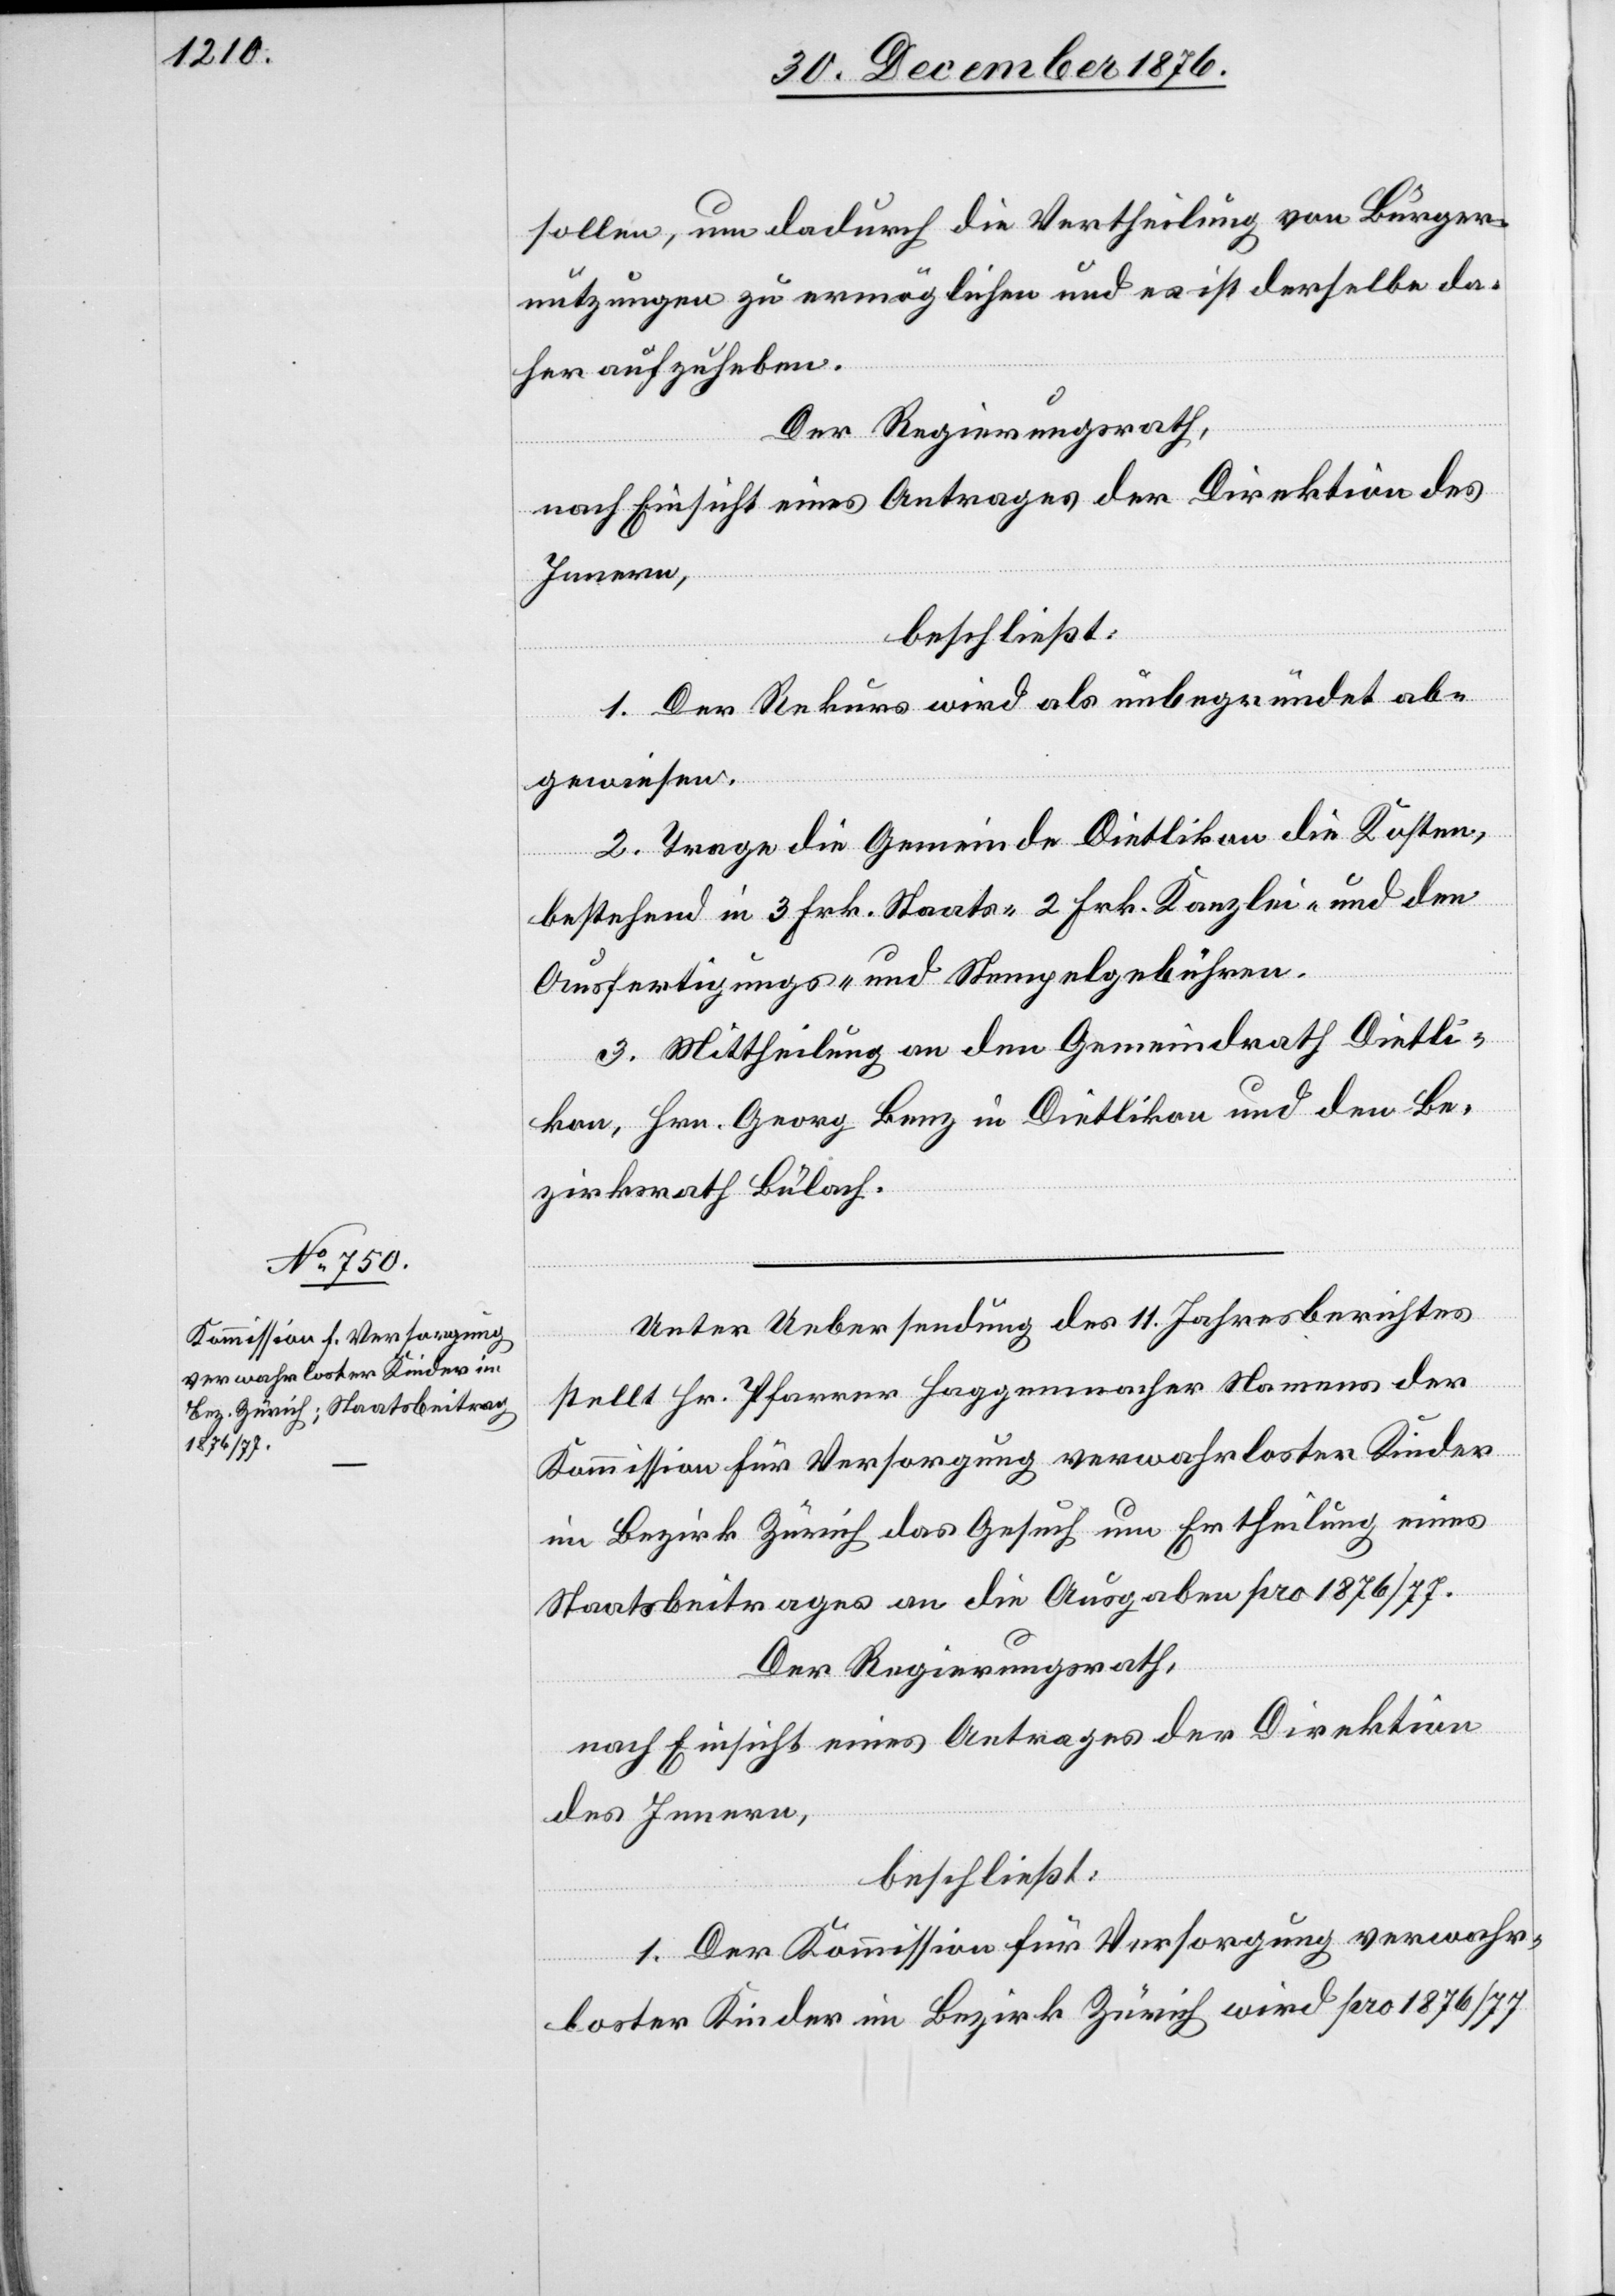
sollen, um dadurch die Vertheilung von Bürger¬
nutzungen zu ermöglichen und es ist derselbe da¬
her aufzuheben.
Der Regierungsrath,
1. Der Rekurs wird als unbegründet ab¬
gewiesen.
2. Trage die Gemeinde Dietlikon die Kosten,
bestehend in 3 Frk. Staats- 2 Frk. Kanzlei- und den
Ausfertigungs- und Stempelgebühren.
3. Mittheilung an den Gemeindrath Dietli¬
kon, Hrn. Georg Benz in Dietlikon und den Be¬
zirksrath Bülach.
Unter Uebersendung des 11. Jahresberichtes
stellt Hr. Pfarrer Haggenmacher Namens der
Kommission für Versorgung verwahrloster Kinder
im Bezirk Zürich das Gesuch um Ertheilung eines
Staatsbeitrages an die Ausgaben pro 1876/77.
Der Regierungsrath,
nach Einsicht eines Antrages der Direktion
des Innern,
beschließt:
1 Der Kommission für Versorgung verwahr¬
loster Kinder im Bezirk Zürich wird pro 1876/77